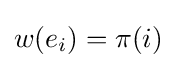
w(e_{i})=\pi (i)